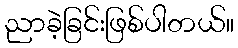
ညာခဲ့ခြင်းဖြစ်ပါတယ်။